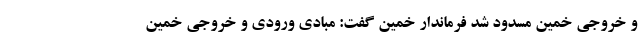
و خروجی خمین مسدود شد فرماندار خمین گفت: مبادی ورودی و خروجی خمین